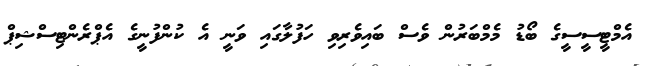
އެމްޓީސީސީގެ ބޯޑު މެމްބަރުން ވެސް ބައިވެރިވި ހަފުލާގައި ވަނީ އެ ކުންފުނީގެ އެޕްރެންޓިސްޝިޕް